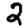
Digit: 2